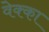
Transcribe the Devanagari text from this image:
वेक्का